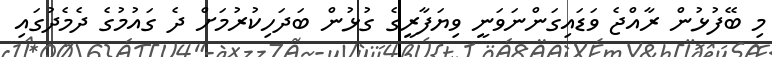
މި ބޭފުޅުން ރާއްޖެ ވަޑައިގަންނަވަނީ ވިޔަފާރީގެ ގުޅުން ބަދަހިކުރުމަށް ދެ ގައުމުގެ ދެމެދުގައި